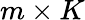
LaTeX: m\times K